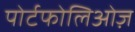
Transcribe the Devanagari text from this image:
पोर्टफोलिओज़